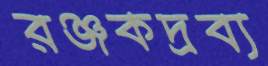
রঞ্জকদ্রব্য